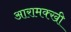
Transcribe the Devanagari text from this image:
आरामक्खी